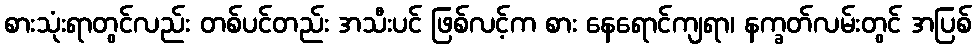
စားသုံးရာတွင်လည်း တစ်ပင်တည်း အသီးပင် ဖြစ်လင့်က စား နေရောင်ကျရာ၊ နက္ခတ်လမ်းတွင် အပြစ်